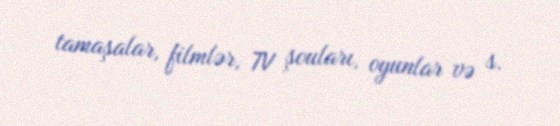
tamaşalar, filmlər, TV şouları, oyunlar və s.